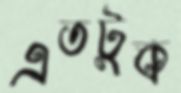
এতটুক